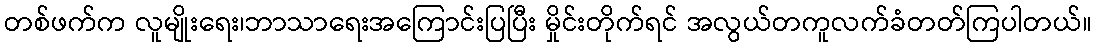
တစ်ဖက်က လူမျိုးရေး၊ဘာသာရေးအကြောင်းပြပြီး မှိုင်းတိုက်ရင် အလွယ်တကူလက်ခံတတ်ကြပါတယ်။